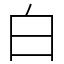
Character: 白